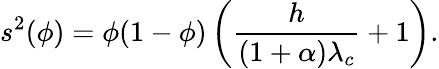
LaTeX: s^{2}(\phi)=\phi(1-\phi)\left(\frac{h}{(1+\alpha)\lambda_{c}}+1\right).